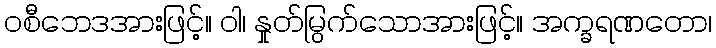
ဝစီဘေဒအားဖြင့်။ ဝါ၊ နှုတ်မြွက်သောအားဖြင့်။ အက္ခရဏတော၊